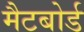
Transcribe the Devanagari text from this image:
मैटबोर्ड